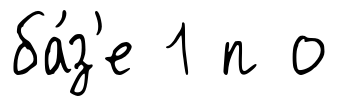
ба́з'е 1 п о